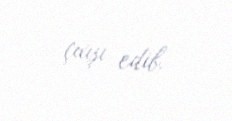
çıxışı edib.